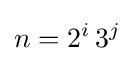
n=2^{i}\,3^{j}